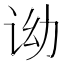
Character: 𬣦